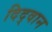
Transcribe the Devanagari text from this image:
दिद्वान